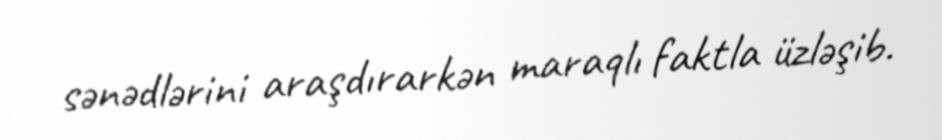
sənədlərini araşdırarkən maraqlı faktla üzləşib.